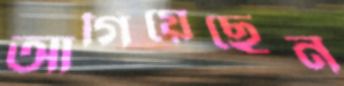
আগিয়েছেন